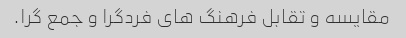
مقایسه و تقابل فرهنگ های فردگرا و جمع گرا.